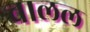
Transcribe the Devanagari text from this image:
चालल